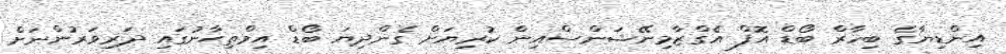
އިންޑިޔާގެ ބިހާރް ބޯޑް އޮފް އެގްޒާމިނޭޝަންސްއިން ކުރިޔަށް ގެންދިޔަ ބޯޑް އިމްތިޙާނުގައި ދަރިވަރުންނަށް